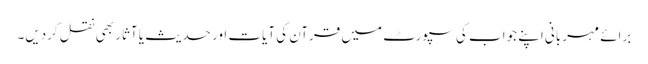
برائے مہربانی اپنے جواب کی سپورٹ میں قرآن کی آیات اور حدیث یا آثار بھی نقل کردیں۔